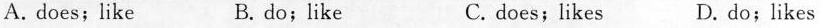
A. does; like B. do;like C. does;likes D. do;likes